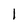
Character: l